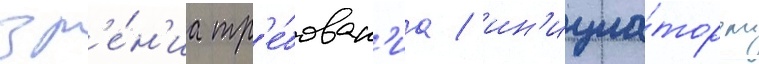
зр'е́н'иа тр'е́бован'иа / ин'ициа́тором